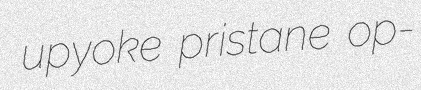
upyoke pristane op-